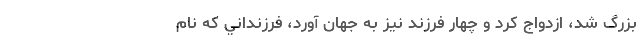
بزرگ شد، ازدواج كرد و چهار فرزند نيز به جهان آورد، فرزنداني كه نام